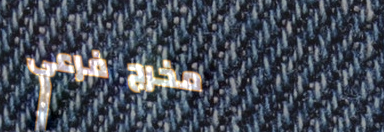
مخرج فرعي